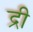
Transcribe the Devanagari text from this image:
द्री